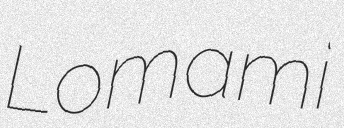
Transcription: Lomami